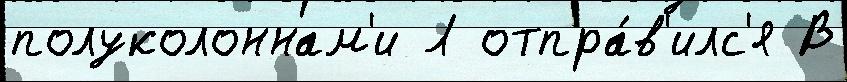
полуколоннам'и Л отпра́в'илс'я В